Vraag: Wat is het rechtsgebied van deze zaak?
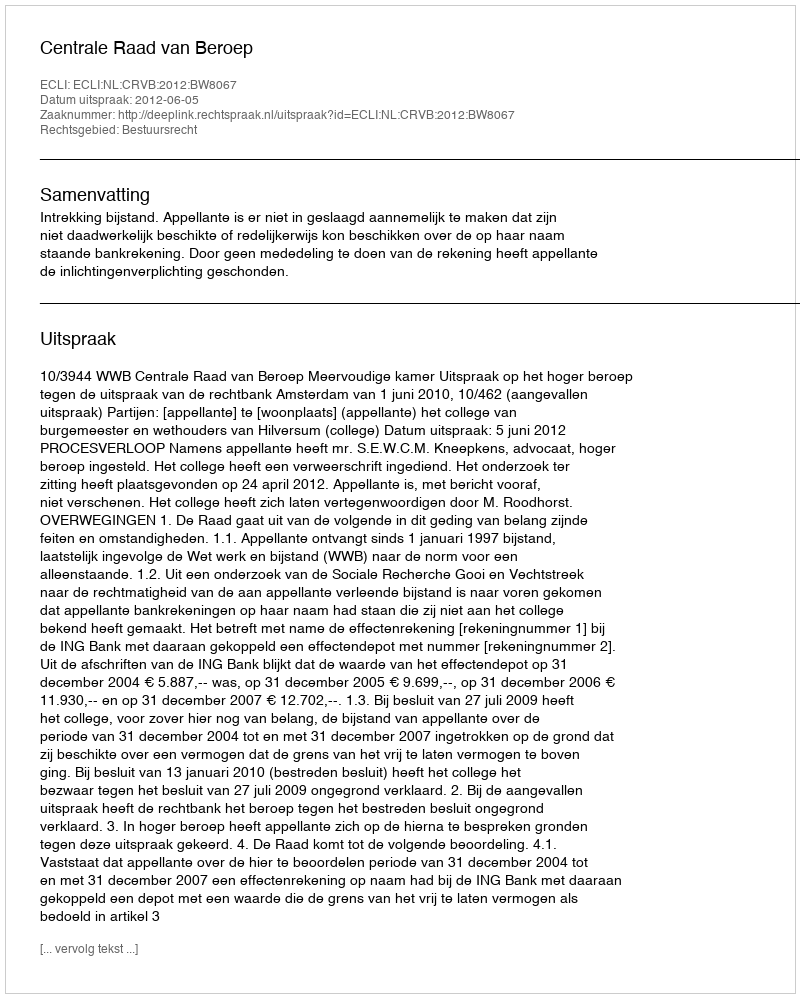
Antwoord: Bestuursrecht